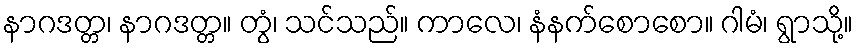
နာဂဒတ္တ၊ နာဂဒတ္တ။ တွံ၊ သင်သည်။ ကာလေ၊ နံနက်စောစော။ ဂါမံ၊ ရွာသို့။